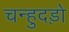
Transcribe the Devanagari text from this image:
चन्हुदड़ो